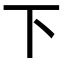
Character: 下